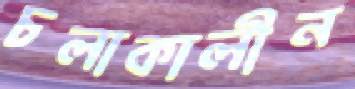
চলাকালীন